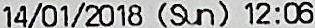
14/01/2018 (SUN) 12:06